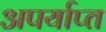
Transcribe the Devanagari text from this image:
अपर्याप्‍त